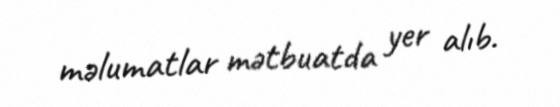
məlumatlar mətbuatda yer alıb.